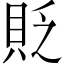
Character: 貶